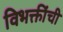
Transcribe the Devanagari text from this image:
विभक्तींची